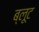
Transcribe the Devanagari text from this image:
ब्लूट